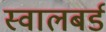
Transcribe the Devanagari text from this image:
स्वालबर्ड